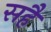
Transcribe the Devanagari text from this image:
सहैं